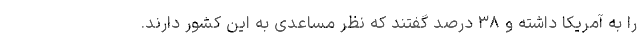
را به آمریکا داشته و ۳۸ درصد گفتند که نظر مساعدی به این کشور دارند.